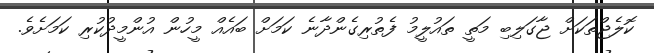
ކޮލެޖްތަކަށް ޖާގަލިބި މަތީ ތައުލީމު ފެތުރިގެންދާނެ ކަމަށް ބައެއް މީހުން އުންމީދުކުރި ކަމަށެވެ.